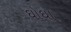
ઘોઘા